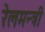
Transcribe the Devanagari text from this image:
रेलमन्त्री